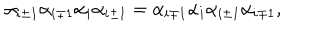
LaTeX: \alpha _ { i \pm 1 } \alpha _ { i \mp 1 } \alpha _ { i } \alpha _ { i \pm 1 } = \alpha _ { i \mp 1 } \alpha _ { i } \alpha _ { i \pm 1 } \alpha _ { i \mp 1 } ,